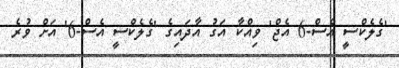
'ގެލެކްސީ އެސް-6 އެޖް' ވިއްކާ އަގު އާދައިގެ 'ގެލެކްސީ އެސް-6' އަށް ވުރެ